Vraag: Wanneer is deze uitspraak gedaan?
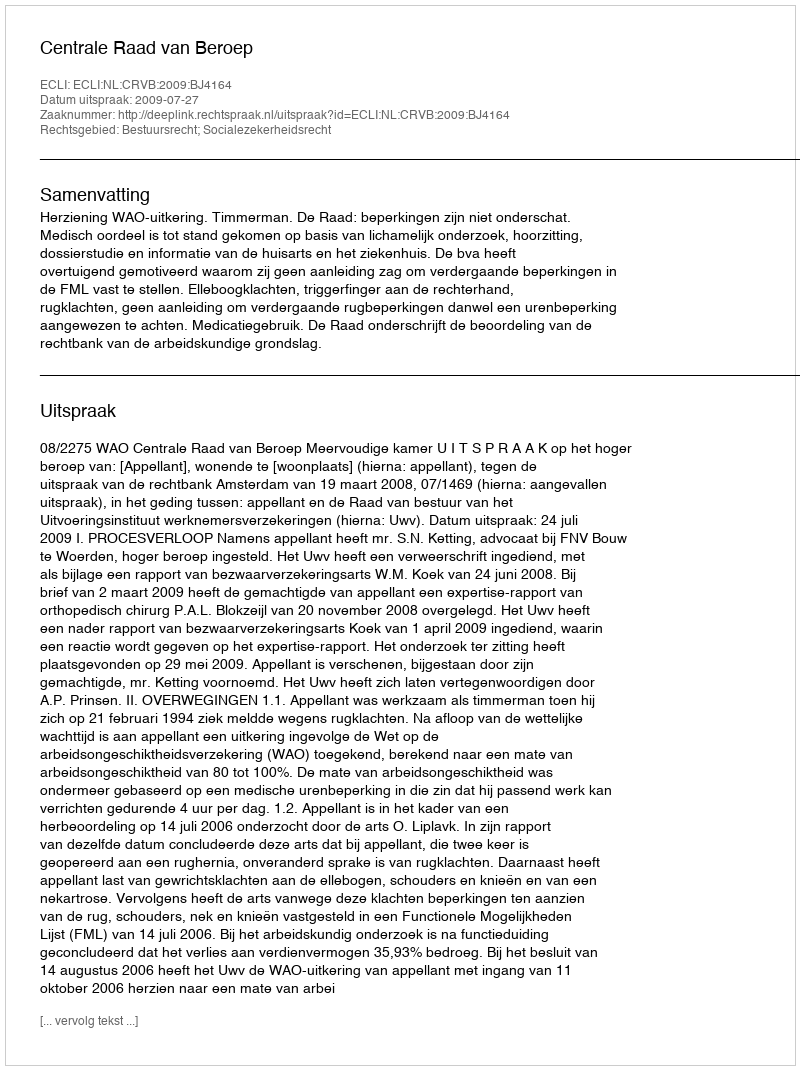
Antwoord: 2009-07-27